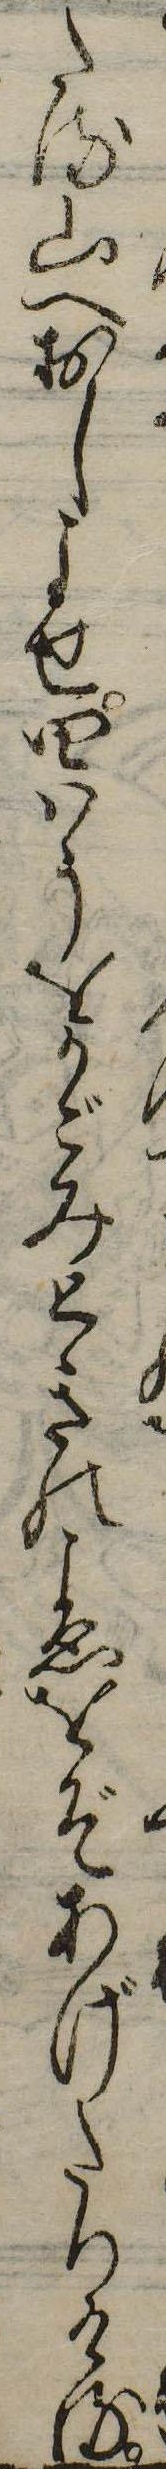
たる山へおしよせ四はうをかごみときのこゑをぞあげたりける